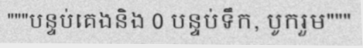
"""បន្ទប់គេងនិង 0 បន្ទប់ទឹក, បូករួម"""